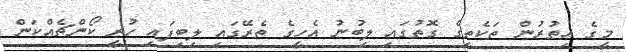
މީގެ އިތުރުން ތަކެތީގެ ގޮތުގައި ލިބުނު އެހީގެ ތެރޭގައި ލިބިފައި ހުރީ ކޯންޗެއްކަން